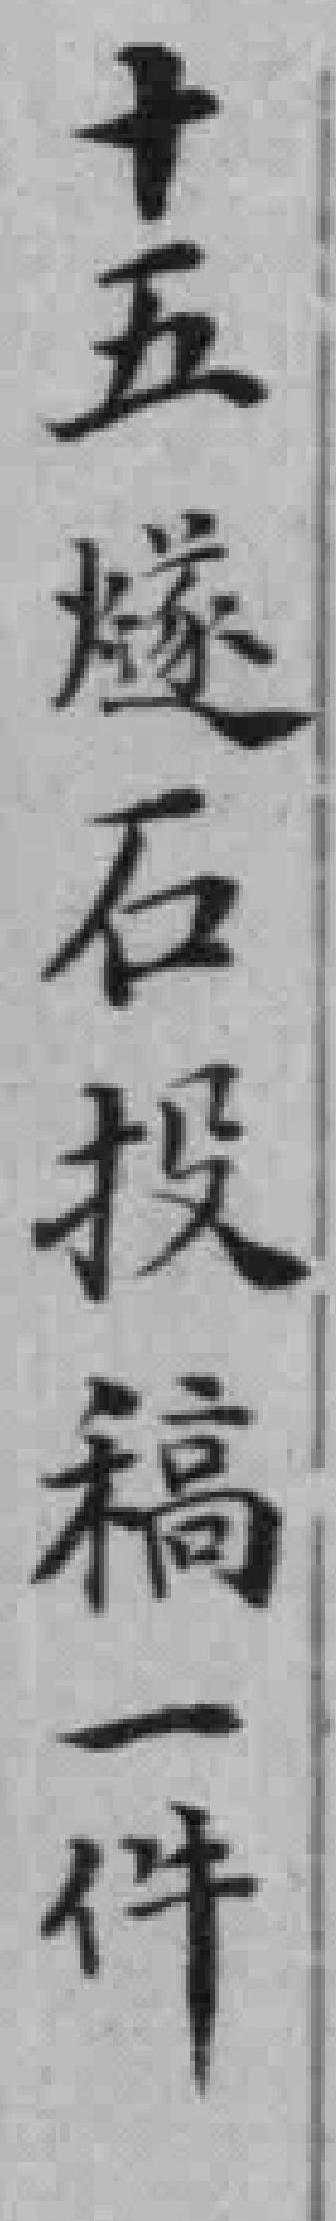
十五燧石投稿一件